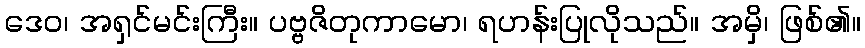
ဒေဝ၊ အရှင်မင်းကြီး။ ပဗ္ဗဇိတုကာမော၊ ရဟန်းပြုလိုသည်။ အမှိ၊ ဖြစ်၏။